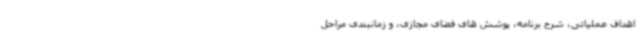
اهداف عملیاتی، شرح برنامه، پوشش های فضای مجازی، و زمانبندی مراحل